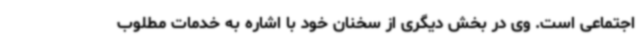
اجتماعی است. وی در بخش دیگری از سخنان خود با اشاره به خدمات مطلوب